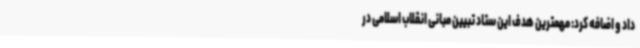
داد و اضافه کرد: مهمترین هدف این ستاد تبیین مبانی انقلاب اسلامی در